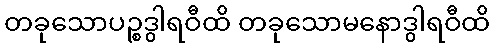
တခုသောပဉ္စဒွါရဝီထိ တခုသောမနောဒွါရဝီထိ